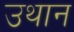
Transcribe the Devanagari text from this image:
उथान